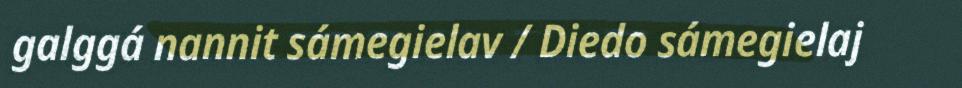
galggá nannit sámegielav / Diedo sámegielaj